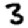
Digit: 3